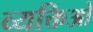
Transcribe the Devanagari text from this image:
व्यक्तिओ